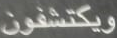
ويكتشفون